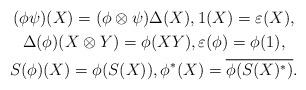
LaTeX: \begin{gather*}(\phi \psi)(X) = (\phi \otimes \psi) \Delta(X), 1(X) = \varepsilon(X), \\\Delta(\phi)(X \otimes Y) = \phi(X Y), \varepsilon(\phi) = \phi(1), \\S(\phi)(X) = \phi(S(X)), \phi^*(X) = \overline{\phi(S(X)^*)}.\end{gather*}